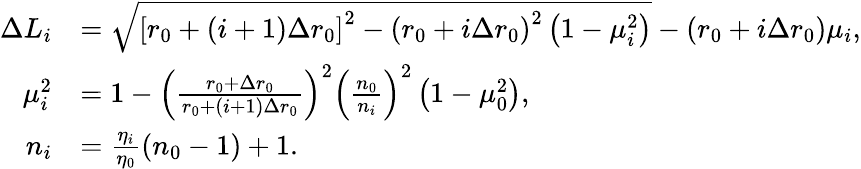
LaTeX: \begin{array}{rl}{\Delta L_{i}}&{=\sqrt{\left[r_{0}+\left(i+1\right)\Delta r_{0}\right]^{2}-\left(r_{0}+i\Delta r_{0}\right)^{2}\left(1-\mu_{i}^{2}\right)}-\left(r_{0}+i\Delta r_{0}\right)\mu_{i},}\\ {\mu_{i}^{2}}&{=1-\left(\frac{r_{0}+\Delta r_{0}}{r_{0}+\left(i+1\right)\Delta r_{0}}\right)^{2}\left(\frac{n_{0}}{n_{i}}\right)^{2}\left(1-\mu_{0}^{2}\right),}\\ {n_{i}}&{=\frac{\eta_{i}}{\eta_{0}}\left(n_{0}-1\right)+1.}\end{array}